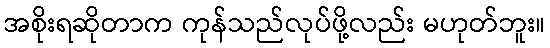
အစိုးရဆိုတာက ကုန်သည်လုပ်ဖို့လည်း မဟုတ်ဘူး။